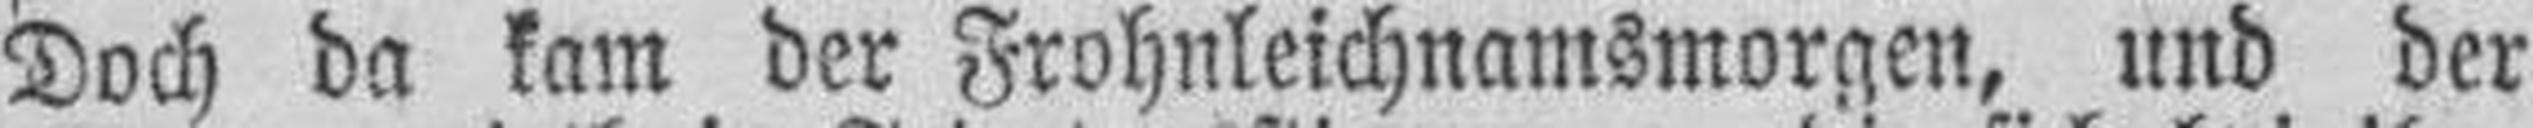
Doch da kam der Frohnleichnamsmorgen, und der